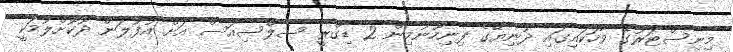
މިނިސްޓަރުގެ ވާހަކައިގައި ދުނިޔޭގެ ފިނިހޫނުމިން 2 ޑިގްރީ ސެލްސިއަސް އަށް އުފުލަން ދޫކޮށްލުމަކީ